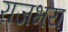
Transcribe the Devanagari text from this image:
राजभय